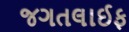
જગતલાઈફ